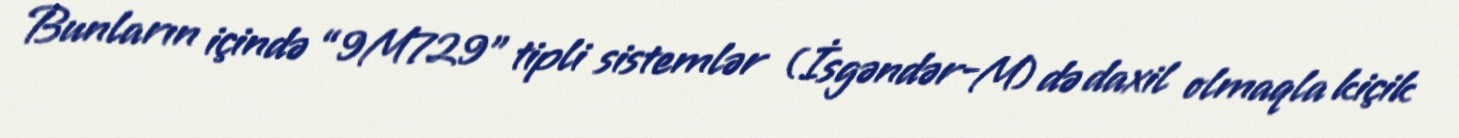
Bunların içində “9M729” tipli sistemlər (İsgəndər-M) də daxil olmaqla kiçik